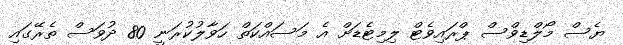
ޔެސް މޯލްޑިވްސް ޕްރައިވެޓް ލިމިޓެޑަށް އެ މަސައްކަތް ހަވާލުކުރަނީ 80 ދުވަސް ތެރޭގައި